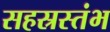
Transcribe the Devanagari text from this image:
सहस्रस्तंभ